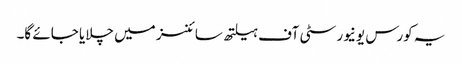
یہ کورس یونیورسٹی آف ہیلتھ سائنسز میں چلایا جائے گا۔